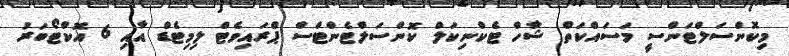
މިކޮންސަލްޓަންސީ މަސައްކަތް ޝާހް ޓެކްނިކަލް ކޮންސަލްޓެންޓްސް ޕްރައިވެޓް ލިމިޓެޑް އާއި 6 އޮކްޓޯބަރު